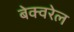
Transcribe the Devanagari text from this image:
बेक्वरेल